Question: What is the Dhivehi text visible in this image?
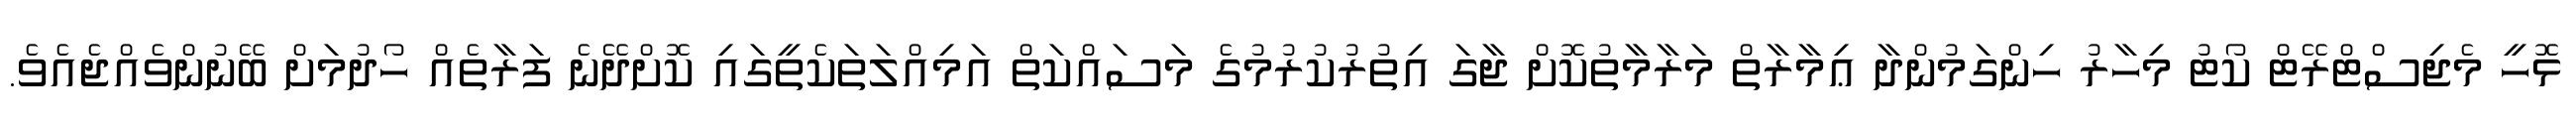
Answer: ޅޮހީ މެޖިސްޓްރޭޓް ކޯޓު މިހާރު ހިންގަމުންދާ ޢިމާރާތް މަރާމާތުކޮށް ޖާގަ އިތުރުކުރުމުގެ މަސައްކަތް އަމިއްލަތަކެތީގައި ކޮށްދޭނެ ފަރާތެއް ހޯދުމަށް ބޭނުންވެއްޖެއެވެ.